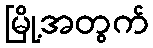
မြို့အတွက်